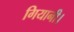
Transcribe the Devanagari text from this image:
गियानी।